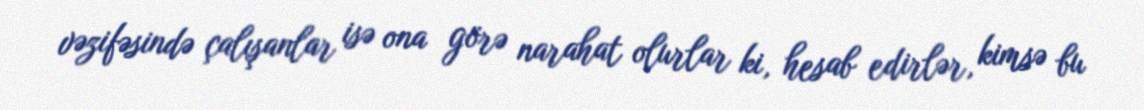
vəzifəsində çalışanlar isə ona görə narahat olurlar ki, hesab edirlər, kimsə bu